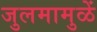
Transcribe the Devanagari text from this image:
जुलमामुळें